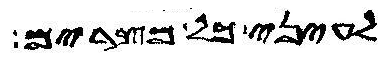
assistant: לעיני כל מצרים